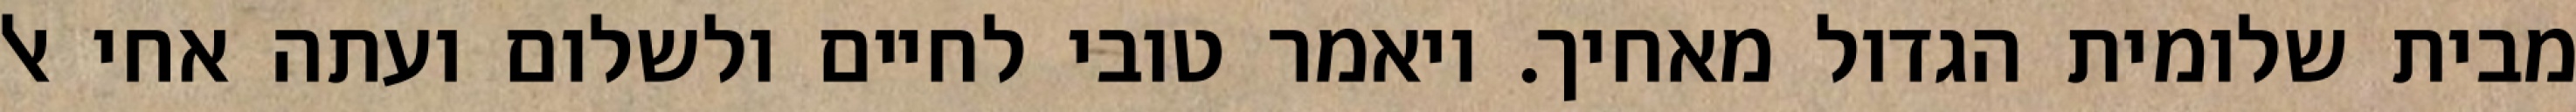
מבית שלומית הגדול מאחיך. ויאמר טובי לחיים ולשלום ועתה אחי אל